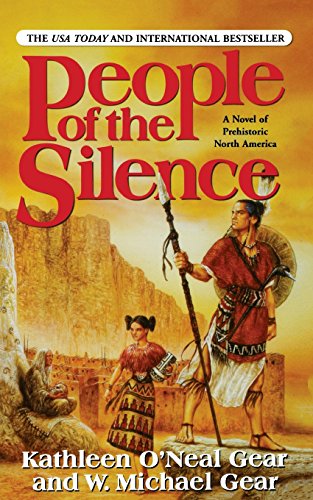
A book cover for People of the Silence; Kathleen O'Neal Gear; Literature & Fiction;